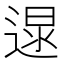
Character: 𨔯